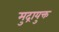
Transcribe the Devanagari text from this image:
मुद्रायुक्त